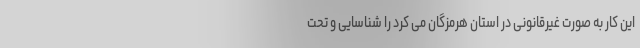
این کار به صورت غیرقانونی در استان هرمزگان می کرد را شناسایی و تحت